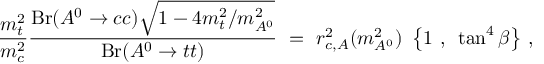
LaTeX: { \frac { m _ { t } ^ { 2 } } { m _ { c } ^ { 2 } } } { \frac { \mathrm { B r } ( A ^ { 0 } \to c c ) \sqrt { 1 - 4 m _ { t } ^ { 2 } / m _ { A ^ { 0 } } ^ { 2 } } } { \mathrm { B r } ( A ^ { 0 } \to t t ) } } \ = \ r _ { c , A } ^ { 2 } ( m _ { A ^ { 0 } } ^ { 2 } ) ~ \left\{ 1 ~ , ~ \tan ^ { 4 } \beta \right\} \, ,